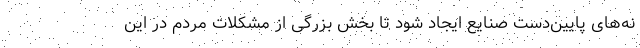
نه‌های پایین‌دست صنایع ایجاد شود تا بخش بزرگی از مشکلات مردم در این